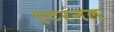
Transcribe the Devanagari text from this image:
एटरनल